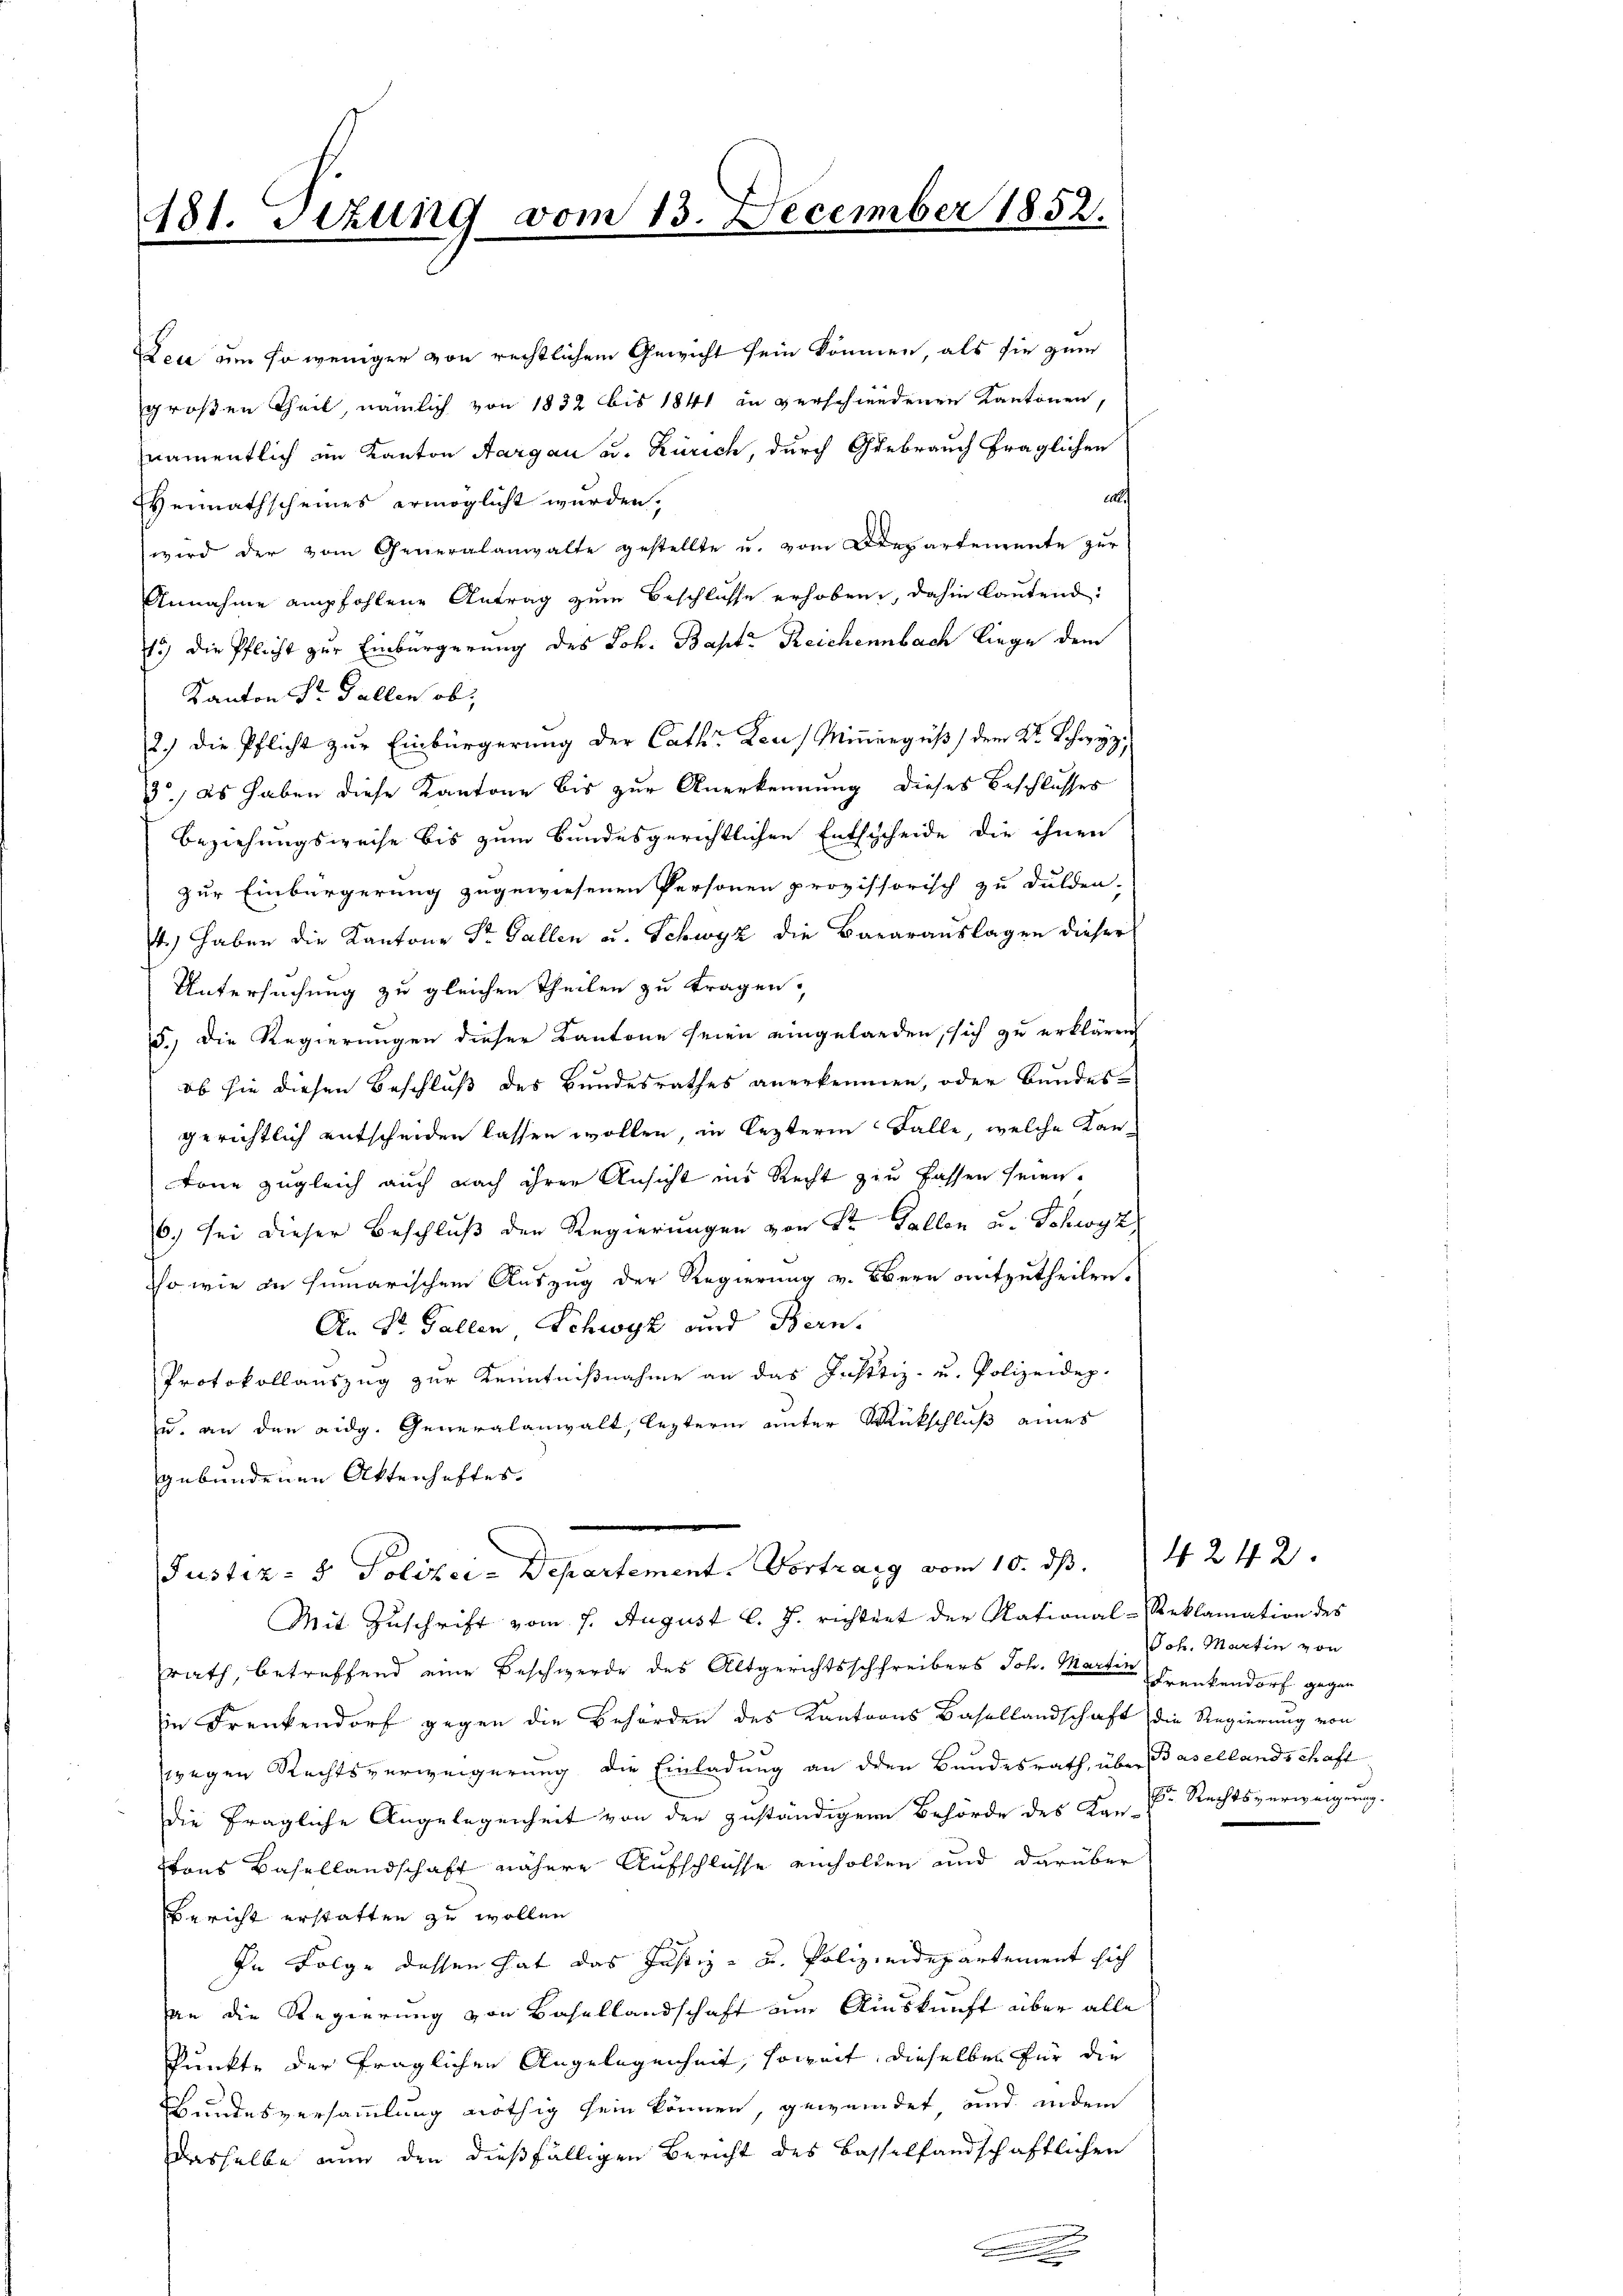
181. Sitzung vom 13. December 1852.
1

Dea um so weniger von rechtlichem Gewicht sein können, als sie zum
großen Theil, nämlich von 1832 bis 1841 in verschiedenen Kantonen,
namentlich im Kanton Aargau u. Zürich, durch Gebrauch fraglichen
cdt.
Heimathscheines ermöglicht wurden.
wird der vom Generalanwalte gestellte u. vom Departemente zŭr
Annahme empfohlene Antrag zum Beschlüsse erhoben, dahin lautend:
15) Die Pflicht zur Einbürgerung des Joh. Bapt. Reichenbach liege dem
Kanton Sr. Gallen ob,
2.) Die Pflicht zur Einbürgerung der Cath: Lea Minerguß dem Dr. Schwyz,
3., Es haben diese Kantone bis zur Anerkennung dieses Beschlusses
Beziehungsweise bis zum Bundesgerichtlichen Entscheide die ihnen
zur Einbürgerung zugewiesenen Personen provissorisch zu dulden-
.) haben die Kantons Sr. Gallen u. Schwyz die Baarauslagen dieser
Untersuchung zu gleichen Theilen zu tragen,
d.) Die Regierungen dieser Kantone seien eingelanden, sich zu erklären
ob sie diesen Beschluß des Bundesrathes anerkennen, oder Bundesgerichtlich entscheiden lassen wollen, in lezteren Falle, welche Kantone zugleich auch nach ihrer Ansicht ins Recht zu fassen seien.
6.) sei dieser Beschluß der Regierungen von Sr. Gallen u. Schwyz
sso wie in himarischen Auszug der Regierung v. Obern mitzutheilen.
An St. Gallen Schwyz und Bern.
Protokollauszug zur Kenntnißnahme an das Justiz- u. Polizeidep.
u. an den eidg. Generalanwalt, lezterm unter Rückschluß eines
gebundenen Aktenhaftes. |
Justiz- & Polizei-Departement. Vortrag vom 10. ds.
Mit Zuschrift vom 7. August l. J. richtet der National-Reklamation des
rath, betreffend eine Beschwerde des Altgerichtsschreibers Joh. Martin Frankendorf gegen
in Frenkendorf gegen die Behörden des Kantoons Basellandschaft die Regierung von
wegen Rechtsverweigerung die Einladung an den Bundesrath über Basellandschaft
die fragliche Angelegenheit von der zuständigen Behörde des Kan-Cr Rechtsverweigerung.
tons Basellandschaft nähere Aufschlüsse einholden und darüber
Bericht erstatten zu wollen.
In Folge dessen hat das Justiz- u. Polizeidepartement sich
an die Regierung von Basellandschaft am Auskunft über alle
Punkte der fraglichen Angelegenheit, soweit, dieselben für die
Ebundesversammlung nöthig sein können, gewendet und indem
Dasselbe nun den dießfälligen Bericht des Basselfandschaftlichen

Joh. Martin von

242.